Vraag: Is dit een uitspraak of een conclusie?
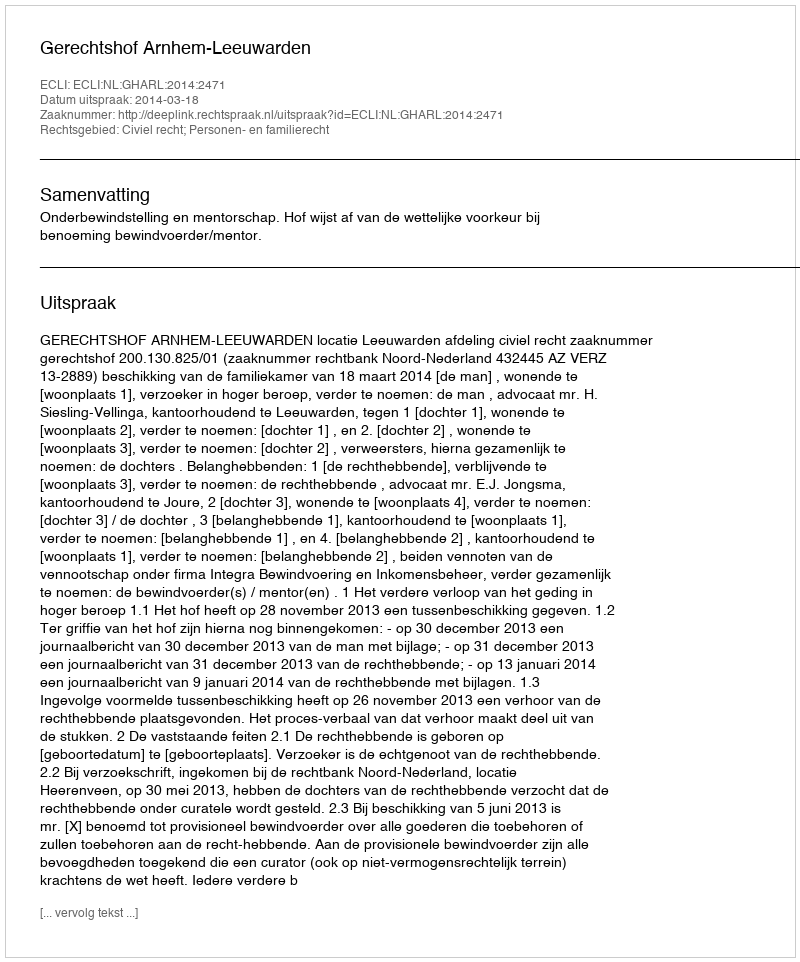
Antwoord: Uitspraak